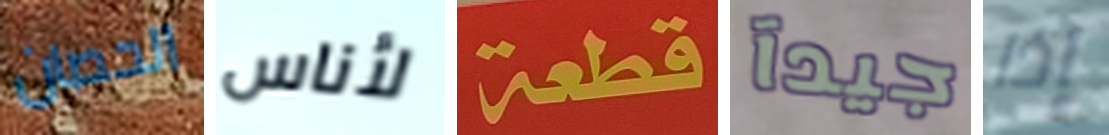
الحصان لأناس قطعة جيدآ إذا